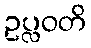
ဥပ္လဝတိ